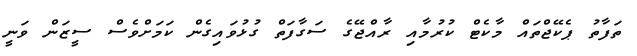
ތަފާތު ޕެކޭޖްތައް މާކެޓް ކުރުމާއި ރާއްޖޭގެ ސަގާފަތް ގުޅުވައިގެން ކަމަށްވެސް ސީޒަން ވަނީ